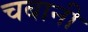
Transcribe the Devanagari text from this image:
चबानी